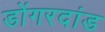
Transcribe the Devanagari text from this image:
डोंगरदांड